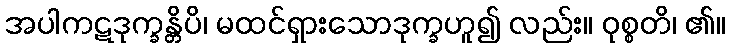
အပါကဋဒုက္ခန္တိပိ၊ မထင်ရှားသောဒုက္ခဟူ၍ လည်း။ ဝုစ္စတိ၊ ၏။